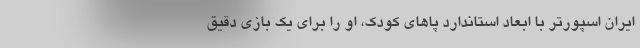
ایران اسپورتر با ابعاد استاندارد پاهای کودک، او را برای یک بازی دقیق